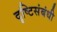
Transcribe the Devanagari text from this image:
दृष्टिसंबंधी